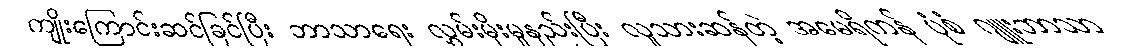
ကျိုးကြောင်းဆင်ခြင်ပြီး ဘာသာရေး လွှမ်းမိုးမှုနည်းပြီး လူသားဆန်တဲ့ အမေရိကန် ပုံစံ ဂျူးဘာသာ